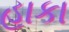
હાકા